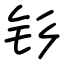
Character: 钐